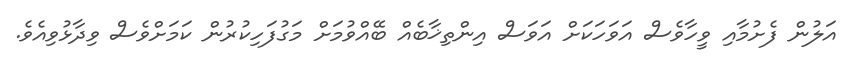
އަލުން ފެށުމާއި ވީހާވެސް އަވަހަކަށް އަވަސް އިންތިޚާބެއް ބޭއްވުމަށް މަގުފަހިކުރުން ކަމަށްވެސް ވިދާޅުވިއެވެ.